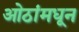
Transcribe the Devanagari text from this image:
ओठांमधून